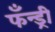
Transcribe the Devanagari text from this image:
फँन्ड्री